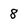
Character: 8